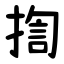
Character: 揈